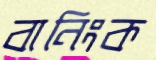
বানিংক